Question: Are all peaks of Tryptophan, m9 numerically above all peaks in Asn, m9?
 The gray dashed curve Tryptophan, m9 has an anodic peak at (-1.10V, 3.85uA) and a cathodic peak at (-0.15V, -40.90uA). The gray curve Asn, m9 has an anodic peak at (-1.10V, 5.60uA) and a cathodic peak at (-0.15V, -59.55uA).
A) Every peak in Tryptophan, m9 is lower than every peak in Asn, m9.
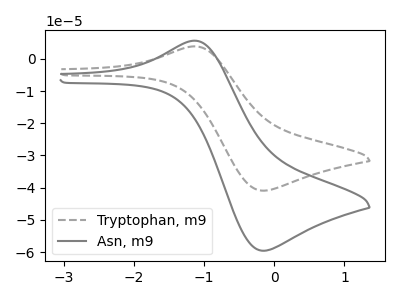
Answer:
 <answer>A) Every peak in "Tryptophan, m9" is lower than every peak in "Asn, m9".</answer>
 <eval>A</eval>